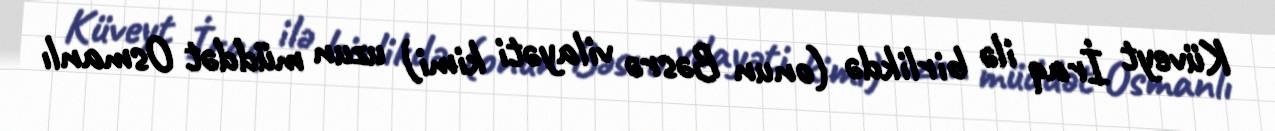
Küveyt İraq ilə birlikdə (onun Bəsrə vilayəti kimi) uzun müddət Osmanlı